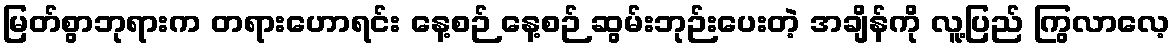
မြတ်စွာဘုရားက တရားဟောရင်း နေ့စဉ် နေ့စဉ် ဆွမ်းဘုဉ်းပေးတဲ့ အချိန်ကို လူ့ပြည် ကြွလာလေ့